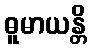
ဓူမာယန္တိ